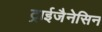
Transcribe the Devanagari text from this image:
ट्राईजैनेसिन